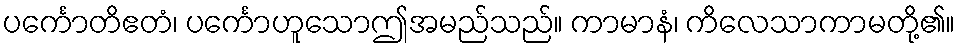
ပင်္ကောတိဧတံ၊ ပင်္ကောဟူသောဤအမည်သည်။ ကာမာနံ၊ ကိလေသာကာမတို့၏။